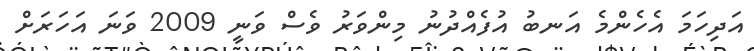
އަދިހަމަ އެހެންމެ އަނބު އުފެއްދުނު މިންވަރު ވެސް ވަނީ 2009 ވަނަ އަހަރަށް